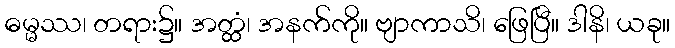
ဓမ္မဿ၊ တရား၌။ အတ္ထံ၊ အနက်ကို။ ဗျာကာသိ၊ ဖြေပြီ။ ဒါနိ၊ ယခု။